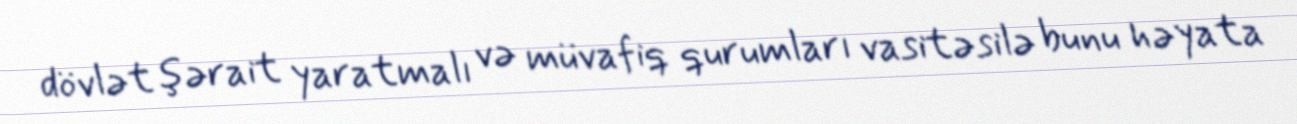
dövlət şərait yaratmalı və müvafiq qurumları vasitəsilə bunu həyata